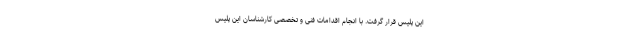
این پلیس قرار گرفت. با انجام اقدامات فنی و تخصصی کارشناسان این پلیس